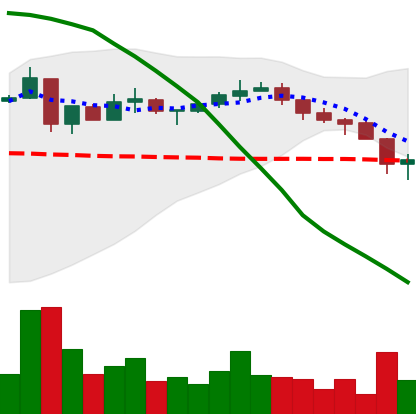
Ticker: XRP-USD
Chart end date: 2018-05-12
Forward return: -4.223%
Label: down_3_5